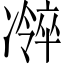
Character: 𫥜